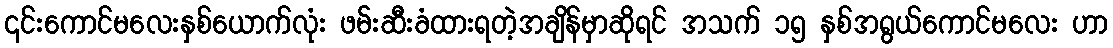
၎င်းကောင်မလေးနှစ်ယောက်လုံး ဖမ်းဆီးခံထားရတဲ့အချိန်မှာဆိုရင် အသက် ၁၅ နှစ်အရွယ်ကောင်မလေး ဟာ